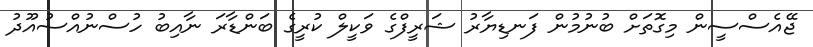
ޖޭއެސްސީން މިގޮތަށް ބުނުމުން ފަނޑިޔާރު ޝަރީފްގެ ވަކީލް ކުރީގެ ބަންޑާރަ ނާއިބު ހުސްނުއްސުއޫދު